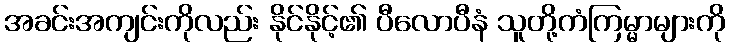
အခင်းအကျင်းကိုလည်း နိုင်နိုင့်၏ ပီလောပီနံ သူတို့ကံကြမ္မာများကို